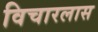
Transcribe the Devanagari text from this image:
विचारलास